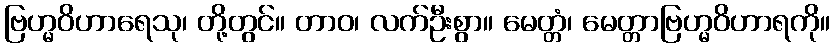
ဗြဟ္မဝိဟာရေသု၊ တို့တွင်။ တာဝ၊ လက်ဦးစွာ။ မေတ္တံ၊ မေတ္တာဗြဟ္မဝိဟာရကို။